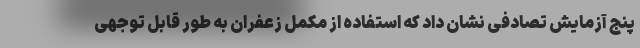
پنج آزمایش تصادفی نشان داد که استفاده از مکمل زعفران به طور قابل توجهی